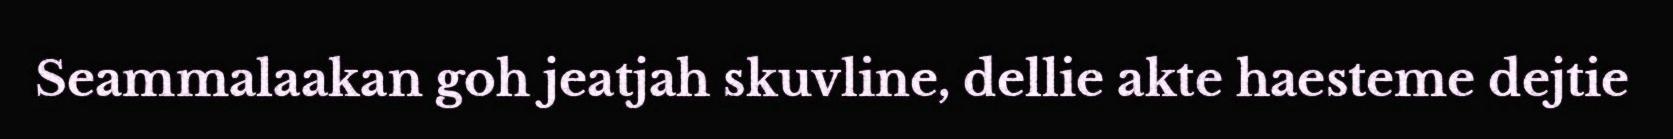
Seammalaakan goh jeatjah skuvline, dellie akte haesteme dejtie